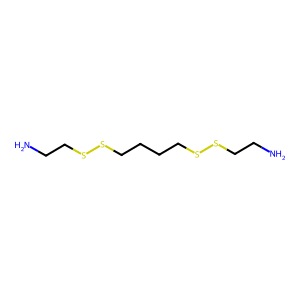
SMILES: NCCSSCCCCSSCCN
Inhibits HIV replication: No